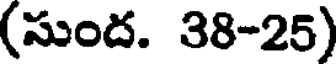
(సుంద. 38-25)